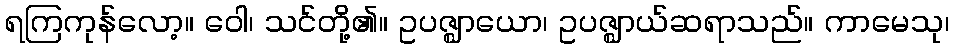
ရကြကုန်လော့။ ဝေါ၊ သင်တို့၏။ ဥပဇ္ဈာယော၊ ဥပဇ္ဈာယ်ဆရာသည်။ ကာမေသု၊